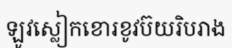
ឡូវស្លៀកខោរខូវប៊យរិបរាង